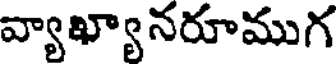
వ్యాఖ్యానరూముగ